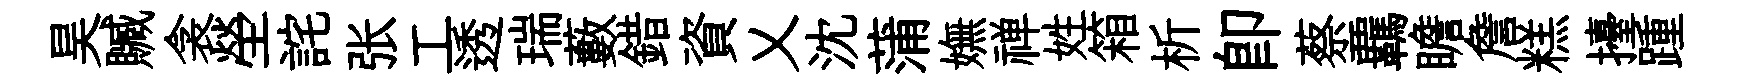
昊贓衾塋詫张工透瑞藪錯資乂沈蒲嫵禅姓箱析即蔡覊瞻詹糕擡踵